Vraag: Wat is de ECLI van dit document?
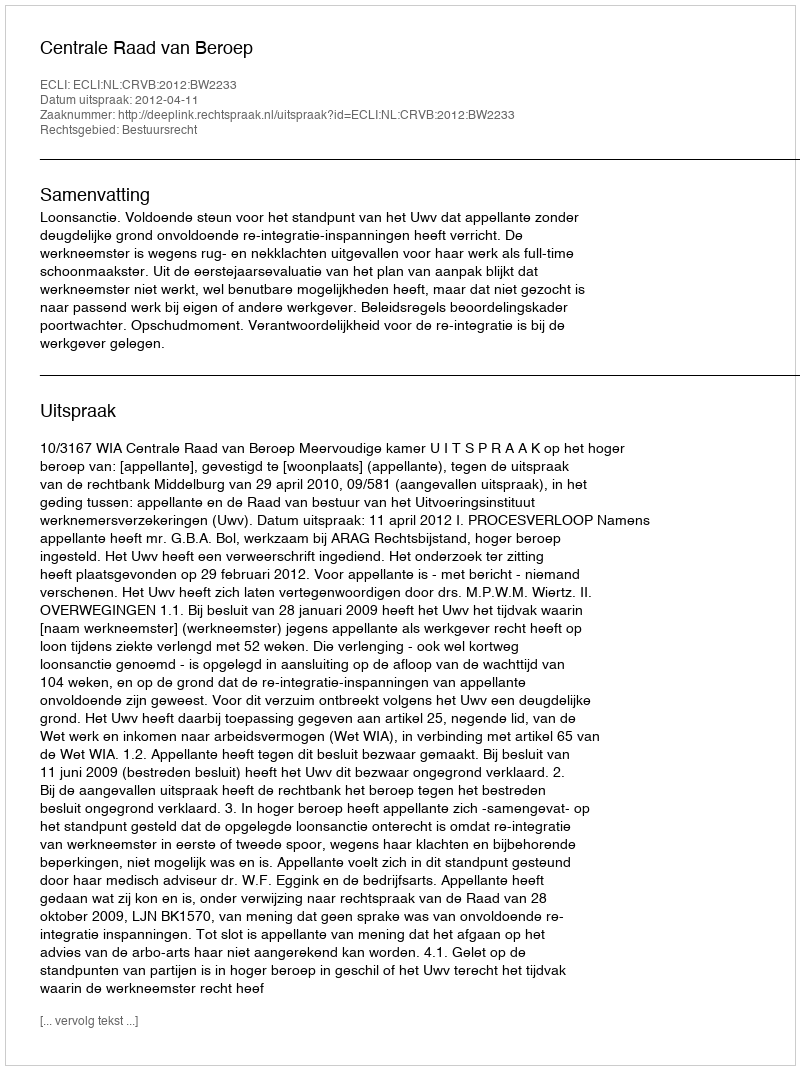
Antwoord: ECLI:NL:CRVB:2012:BW2233